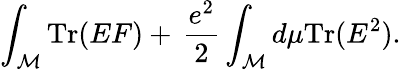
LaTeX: \int_{\cal M}\mathrm{Tr}(EF)+\, {\frac{e^{2}}{2}}\int_{\cal M}d\mu\mathrm{Tr}(E^{2}).